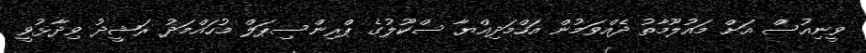
ވީނިއުސް އަށް މައުލޫމާތު ދެއްވަމުން އަހްމަދިއްޔާ ސްކޫލުގެ ޕްރިންސިޕަލް މުހައްމަދު ރަޝީދު ވިދާޅުވީ